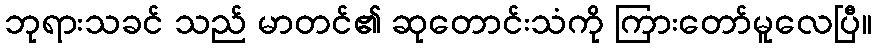
ဘုရားသခင် သည် မာတင်၏ ဆုတောင်းသံကို ကြားတော်မူလေပြီ။